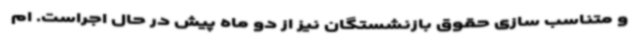
و متناسب سازی حقوق بازنشستگان نیز از دو ماه پیش در حال اجراست. ام